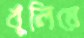
খুলিয়ে